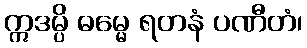
ဣဒမ္ပိ ဓမ္မေ ရတနံ ပဏီတံ၊